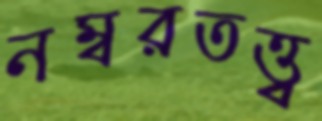
নম্বরতত্ত্ব